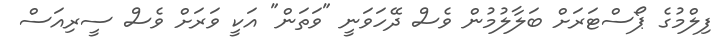
ފިލްމުގެ ޕޯސްޓަރަށް ބަލާލުމުން ވެސް ދޭހަވަނީ "ވަތަން" އަކީ ވަރަށް ވެސް ސީރިއަސް